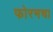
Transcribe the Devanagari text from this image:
फोरमचा